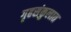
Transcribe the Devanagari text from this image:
गृहसंकुलात